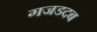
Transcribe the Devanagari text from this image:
गजडदब